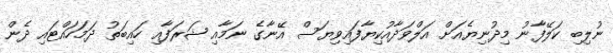
ނުލިބި ކަލޭފާނު މިދުނިޔެއަށް އަލްވަދާއުކިޔާފައިވިޔަސް އޭނާގެ ނަމާއި ޝަރަފާއި ހައިބަތު ދަމަހައްޓައި ދެން